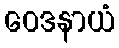
ဝေဒနာယံ